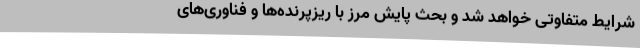
شرایط متفاوتی خواهد شد و بحث پایش مرز با ریزپرنده‌ها و فناوری‌های